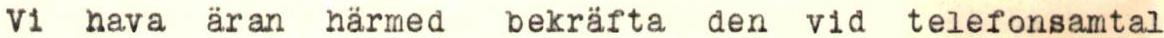
Vi hava äran härmed bekräfta den vid telefonsamtal